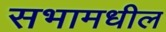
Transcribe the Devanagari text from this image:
सभामधील